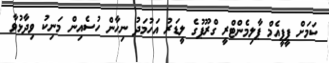
ކަމަށް ޕީޕީއެމް ޕާލިމެންޓްރީ ގްރޫޕުގެ ލީޑަރު އަހުމަދު ނިހާން ހުސެއިން މަނިކު ވިދާޅުވާ